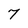
Character: 7